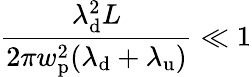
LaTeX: \frac{\lambda_{\mathrm{d}}^{2}L}{2\pi w_{\mathrm{p}}^{2}(\lambda_{\mathrm{d}}+\lambda_{\mathrm{u}})}\ll 1